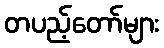
တပည့်တော်များ